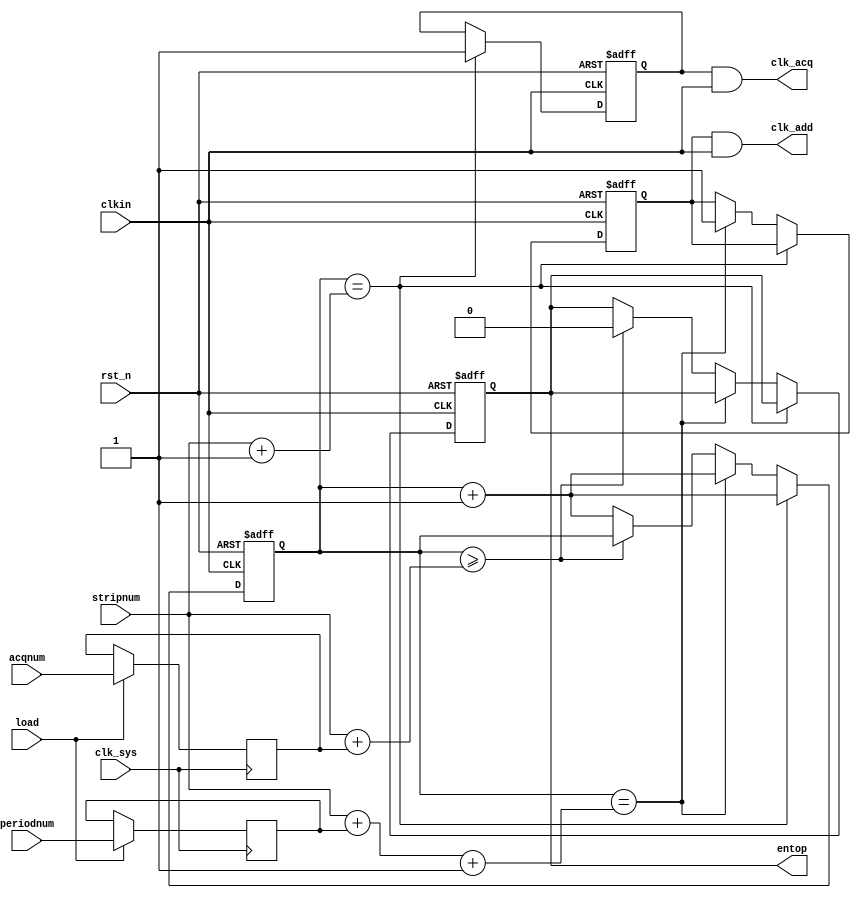
// signalclkctrl.v

module signalclkctrl(
                    rst_n,
                    clk_sys,
                    load,
                    acqnum,
                    stripnum,
                    periodnum,
                    entop,
                    //enadd,
                    //enclk,
                    clk_add,
                    clk_acq,
                    clkin
                    //clkin1,
                    //clkin2
                    );

input rst_n;
input clk_sys;
input load;
input [15:0] acqnum;
input [11:0] stripnum;
input [3:0] periodnum;
//input clkin1;
//input clkin2;
input clkin;

output entop;
//output enadd;
//output enclk;
output clk_add;
output clk_acq;

reg entop;
reg enadd;
reg enclk;
//reg clk_add;
//reg clk_acq;
reg [15:0] count;
reg [15:0] data;
reg [3:0] perioddata;
reg [11:0] stripdata;


//wire clkin=clkin|clkin2;

always @ (posedge clk_sys)
  begin
       if (load == 1'b1)
        begin
            data <= acqnum;
            perioddata <= periodnum;
            stripdata <= stripnum;
        end
       else
        begin
            data <= data;
            perioddata <= perioddata;
            stripdata <= stripdata;
        end
  end

always @ (negedge rst_n or posedge clkin)
  begin
        if (rst_n == 1'b0)
           begin
                 count <= 1;
                 entop <= 1;
                 enadd <= 0;
                 enclk <= 0;
           end
        
        else
           begin
                 if(count == stripnum+1)
                   begin
                         enclk <= 1;
                         count <= count + 1;
                   end
                 else if(count == stripnum+perioddata+1)
                   begin
                         enadd <= 1;
                         count <= count + 1;
                   end

                 else if(count >= stripnum+data)
                   begin
                         entop <= 0;
                   end

                 else 
                   begin
                         count <= count + 1;
                   end
           end
  end


assign clk_add = enadd & clkin;
assign clk_acq = enclk & clkin;
/*
always @ (posedge reset or posedge clkin)
    begin
         if (reset)
             clk_add <= 1'b0;
         else
             begin
                  if (enadd == 1'b1)
                      clk_add <= clkin;
                  else
                      clk_add <= 1'b0;
             end
    end

always @ (posedge reset or posedge clkin)
    begin
         if (reset)
             clk_acq <= 1'b0;
         else
             begin
                  if (enclk == 1'b1)
                      clk_acq <= clkin;
                  else
                      clk_acq <= 1'b0;
             end
    end
*/
endmodule